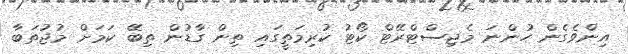
އިންވެގެން ހުންނަ މެޖިސްޓްރޭޓް ކޯޓު ކުރިމަތީގައި ތިން ގާޑުން ތިބޭ ކަމަށް މުޖުތަބާ